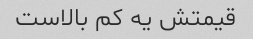
قیمتش یه کم بالاست